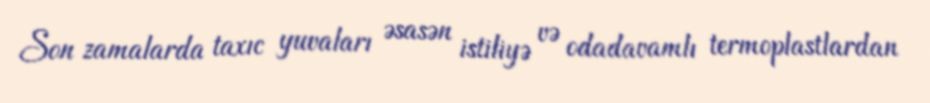
Son zamalarda taxıc yuvaları əsasən istiliyə və odadavamlı termoplastlardan